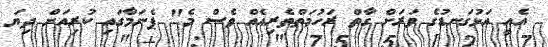
އެއީ އަޅުގަނޑުގެ ވަރަށް ގާތް ރަހުމަތްތެރިއެއް ވެސް މެ" ޕެނަމާގައި ކުރިއަށް ދިޔަ